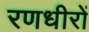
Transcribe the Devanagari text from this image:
रणधीरों